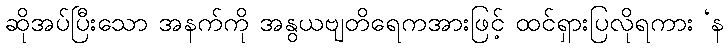
ဆိုအပ်ပြီးသော အနက်ကို အနွယဗျတိရေကအားဖြင့် ထင်ရှားပြလိုရကား ‘န